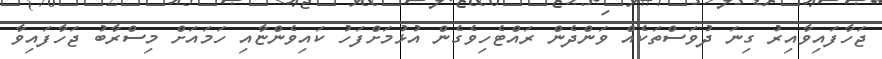
ޖަހާފައިވާއިރު ގިނަ ދުވަސްތަކެއް ވަންދެން ރައްޓެހިވެގެން އުޅުމަށްފަހު ކައިވެންޏާއި ހަމައަށް މިސްރާބު ޖަހާފައިވާ